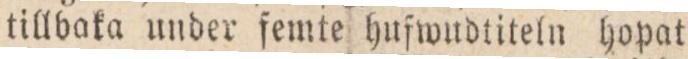
tillbaka under femte hufwudtiteln hopat